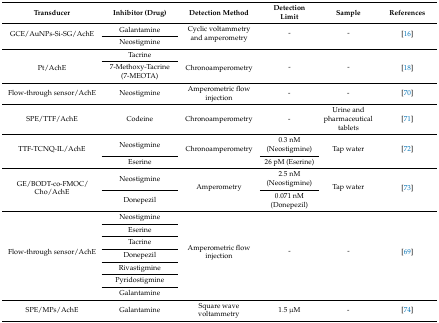
<table><thead><tr><td><b>Transducer</b></td><td><b>Inhibitor (Drug)</b></td><td><b>Detection Method</b></td><td><b>Detection Limit</b></td><td><b>Sample</b></td><td><b>References</b></td></tr></thead><tbody><tr><td rowspan="2">GCE/AuNPs-Si-SG/AchE</td><td>Galantamine</td><td rowspan="2">Cyclic voltammetry and amperometry</td><td rowspan="2">-</td><td rowspan="2">-</td><td rowspan="2">[16]</td></tr><tr><td>Neostigmine</td></tr><tr><td rowspan="2">Pt/AchE</td><td>Tacrine</td><td rowspan="2">Chronoamperometry</td><td rowspan="2">-</td><td rowspan="2">-</td><td rowspan="2">[18]</td></tr><tr><td>7-Methoxy-Tacrine (7-MEOTA)</td></tr><tr><td>Flow-through sensor/AchE</td><td>Neostigmine</td><td>Amperometric flow injection</td><td>-</td><td>-</td><td>[70]</td></tr><tr><td>SPE/TTF/AchE</td><td>Codeine</td><td>Chronoamperometry</td><td>-</td><td>Urine and pharmaceutical tablets</td><td>[71]</td></tr><tr><td rowspan="2">TTF-TCNQ-IL/AchE</td><td>Neostigmine</td><td rowspan="2">Chronoamperometry</td><td>0.3 nM (Neostigmine)</td><td rowspan="2">Tap water</td><td rowspan="2">[72]</td></tr><tr><td>Eserine</td><td>26 pM (Eserine)</td></tr><tr><td rowspan="2">GE/BODT-co-FMOC/Cho/AchE</td><td>Neostigmine</td><td rowspan="2">Amperometry</td><td>2.5 nM (Neostigmine)</td><td rowspan="2">Tap water</td><td rowspan="2">[73]</td></tr><tr><td>Donepezil</td><td>0.071 nM (Donepezil)</td></tr><tr><td rowspan="7">Flow-through sensor/AchE</td><td>Neostigmine</td><td rowspan="7">Amperometric flow injection</td><td rowspan="7">-</td><td rowspan="7">-</td><td rowspan="7">[69]</td></tr><tr><td>Eserine</td></tr><tr><td>Tacrine</td></tr><tr><td>Donepezil</td></tr><tr><td>Rivastigmine</td></tr><tr><td>Pyridostigmine</td></tr><tr><td>Galantamine</td></tr><tr><td>SPE/MPs/AchE</td><td>Galantamine</td><td>Square wave voltammetry</td><td>1.5 μM</td><td>-</td><td>[74]</td></tr></tbody></table>